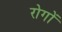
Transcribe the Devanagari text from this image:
रोगाें